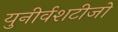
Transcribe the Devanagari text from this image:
युनीर्वशटीजो